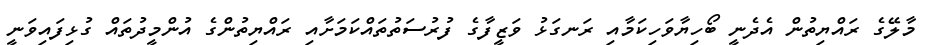
މާލޭގެ ރައްޔިތުން އެދެނީ ބޯހިޔާވަހިކަމާއި ރަނގަޅު ވަޒީފާގެ ފުރުސަތުތައްކަމަށާއި ރައްޔިތުންގެ އުންމީދުތައް ގުޅިފައިވަނީ